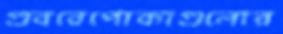
গুবরেপোকাগুলোর